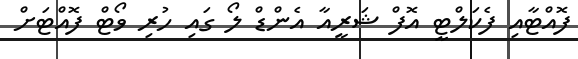
ފޮއްޓާއި ފެކަލްޓީ އޮފް ޝަރީއާ އެންޑް ލޯ ގައި ހުރި ވޯޓް ފޮއްޓަށް